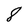
Character: 8